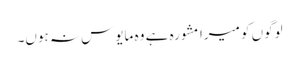
لوگوں کو میرا مشورہ ہے وہ مایوس نہ ہوں۔